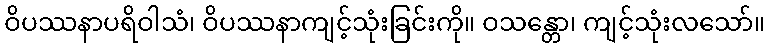
ဝိပဿနာပရိဝါသံ၊ ဝိပဿနာကျင့်သုံးခြင်းကို။ ဝသန္တော၊ ကျင့်သုံးလသော်။